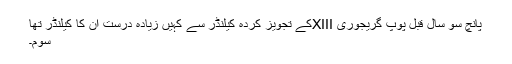
پانچ سو سال قبل پوپ گریجوری XIIIکے تجویز کردہ کیلنڈر سے کہیں زیادہ درست ان کا کیلنڈر تھا
سوم۔